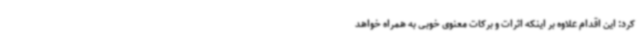
کرد: این اقدام علاوه بر اینکه اثرات و برکات معنوی خوبی به همراه خواهد